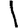
Digit: 1